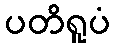
ပတိရူပံ